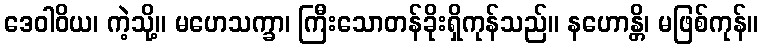
ဒေဝါဝိယ၊ ကဲ့သို့။ မဟေသက္ခာ၊ ကြီးသောတန်ခိုးရှိကုန်သည်။ နဟောန္တိ၊ မဖြစ်ကုန်။